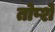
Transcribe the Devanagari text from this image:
तोप्शे